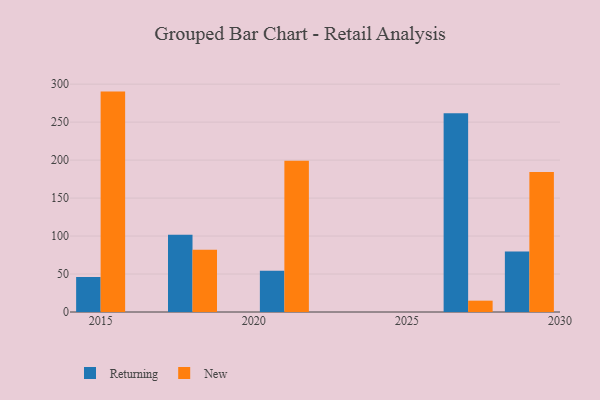
{"axis": {"x": "Year", "y": "Revenue (USD Million)"}, "legend": ["New", "Returning"], "data": [{"x": "2015", "y": 46.1, "type": "Returning"}, {"x": "2015", "y": 290.2, "type": "New"}, {"x": "2018", "y": 101.6, "type": "Returning"}, {"x": "2018", "y": 82.0, "type": "New"}, {"x": "2021", "y": 54.2, "type": "Returning"}, {"x": "2021", "y": 199.3, "type": "New"}, {"x": "2027", "y": 261.8, "type": "Returning"}, {"x": "2027", "y": 14.9, "type": "New"}, {"x": "2029", "y": 79.8, "type": "Returning"}, {"x": "2029", "y": 184.5, "type": "New"}]}